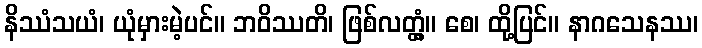
နိဿံသယံ၊ ယုံမှားမဲ့ပင်။ ဘဝိဿတိ၊ ဖြစ်လတ္တံ့။ စေ၊ ထို့ပြင်။ နာဂသေနဿ၊